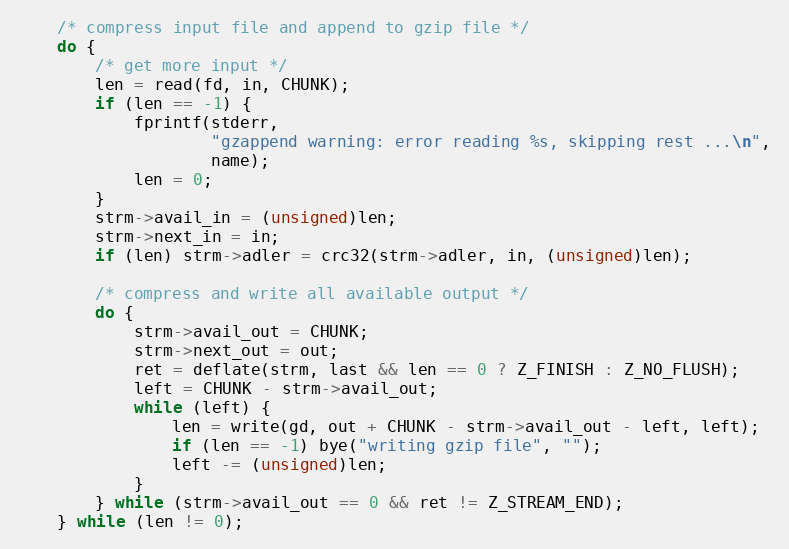
Language: C
    /* compress input file and append to gzip file */
    do {
        /* get more input */
        len = read(fd, in, CHUNK);
        if (len == -1) {
            fprintf(stderr,
                    "gzappend warning: error reading %s, skipping rest ...\n",
                    name);
            len = 0;
        }
        strm->avail_in = (unsigned)len;
        strm->next_in = in;
        if (len) strm->adler = crc32(strm->adler, in, (unsigned)len);

        /* compress and write all available output */
        do {
            strm->avail_out = CHUNK;
            strm->next_out = out;
            ret = deflate(strm, last && len == 0 ? Z_FINISH : Z_NO_FLUSH);
            left = CHUNK - strm->avail_out;
            while (left) {
                len = write(gd, out + CHUNK - strm->avail_out - left, left);
                if (len == -1) bye("writing gzip file", "");
                left -= (unsigned)len;
            }
        } while (strm->avail_out == 0 && ret != Z_STREAM_END);
    } while (len != 0);